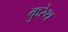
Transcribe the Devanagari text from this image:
कुरेथ